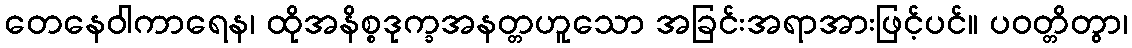
တေနေဝါကာရေန၊ ထိုအနိစ္စဒုက္ခအနတ္တဟူသော အခြင်းအရာအားဖြင့်ပင်။ ပဝတ္တိတွာ၊